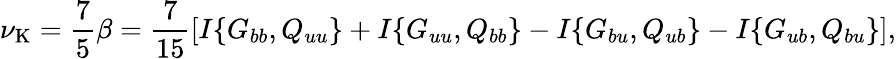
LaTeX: \nu_{\mathrm{{K}}}=\frac{7}{5}\beta=\frac{7}{15}\left[{I\{ {G_{bb},Q_{uu}}\} +I\{ {G_{uu},Q_{bb}}\} -I\{ {G_{bu},Q_{ub}}\} -I\{ {G_{ub},Q_{bu}}\} }\right],